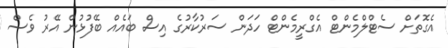
އެގޮތަށް ސެޓްލްމެންޓް އެގްރީމެންޓް ހަދަން ސަރުކާރުގެ އިސް ބައެއް ބޭފުޅުން އޭރު ވެސް